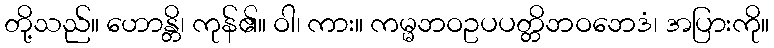
တို့သည်။ ဟောန္တိ၊ ကုန်၏။ ဝါ၊ ကား။ ကမ္မဘဝဥပပတ္တိဘဝဘေဒံ၊ အပြားကို။